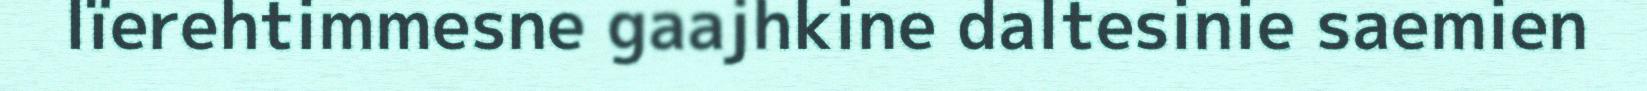
lïerehtimmesne gaajhkine daltesinie saemien